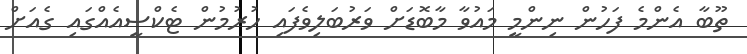
ތޫބާ އެންމެ ފަހުން ނިންމީ މައުވާ މާބޮޑަށް ވަރުބަލިވެފައި ހުރުމުން ޓެކްސީއެއްގައި ގެއަށް